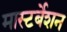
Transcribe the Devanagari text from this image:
मास्टर्बेशन